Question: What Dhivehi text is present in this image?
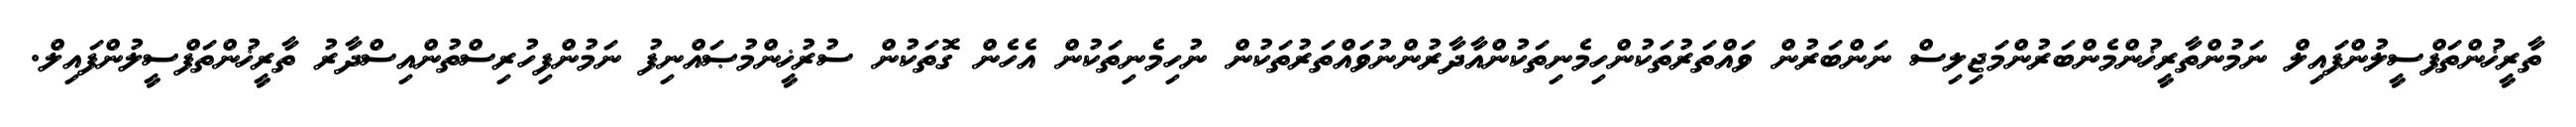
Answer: ތާރީޚުންތަފްސީލުންފައިލް ނަމުންތާރީޚުންމެންބަރުންމަޖިލިސް ނަންބަރުން ވައްތަރުތަކުންހިމެނިތަކުންއާދާރުންނުވައްތަރުތަކުން ނުހިމެނިތަކުން އެހެން ގޮތަކުން ސުރުޚީންމުޞައްނިފު ނަމުންފިހުރިސްތުންއިސްދާރު ތާރީޚުންތަފްސީލުންފައިލް.